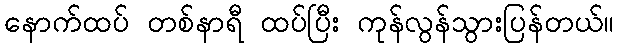
နောက်ထပ် တစ်နာရီ ထပ်ပြီး ကုန်လွန်သွားပြန်တယ်။